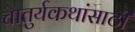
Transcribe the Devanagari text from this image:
चातुर्यकथांसाठी